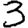
Digit: 3